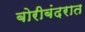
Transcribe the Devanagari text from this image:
बोरीबंदरात